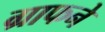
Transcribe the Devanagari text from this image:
ग्राफने